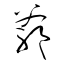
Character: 爺